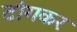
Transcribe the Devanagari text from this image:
टांगकर